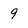
Character: 9